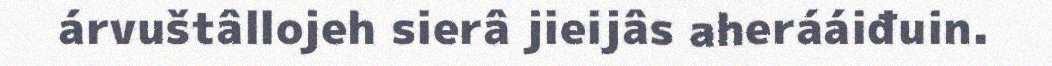
árvuštâllojeh sierâ jieijâs aherááiđuin.